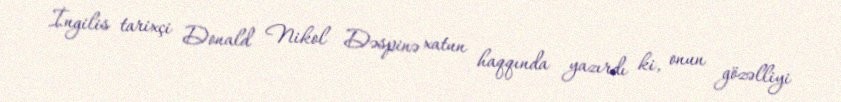
İngilis tarixçi Donald Nikol Dəspinə xatun haqqında yazırdı ki, onun gözəlliyi